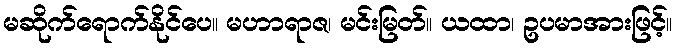
မဆိုက်ရောက်နိုင်ပေ။ မဟာရာဇ၊ မင်းမြတ်။ ယထာ၊ ဥပမာအားဖြင့်။